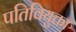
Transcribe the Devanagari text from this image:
पतिवियुक्ता